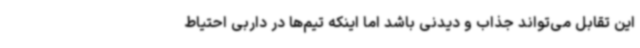
این تقابل می‌تواند جذاب و دیدنی باشد اما اینکه تیم‌ها در داربی احتیاط